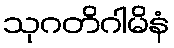
သုဂတိဂါမိနံ